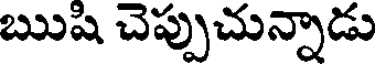
ఋషి చెప్పుచున్నాడు